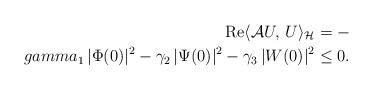
LaTeX: \begin{align*}\operatorname{Re}\langle \mathcal{A} U,\,U\rangle_{\mathcal{H}}= -\\gamma_{1}\,|\Phi(0)|^{2} - \gamma_{2}\,|\Psi(0)|^{2} - \gamma_{3}\,|W(0)|^{2}\leq 0.\end{align*}